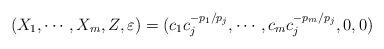
LaTeX: \begin{align*}(X_1, \cdots ,X_m, Z, \varepsilon ) = ( c_1c_j^{-p_1/p_j}, \cdots , c_mc_j^{-p_m/p_j}, 0, 0)\end{align*}